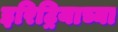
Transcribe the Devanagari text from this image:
इरिट्रियाच्या